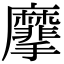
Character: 𪎮